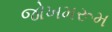
જોખમરૂમ